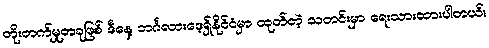
တိုးတက်မှုတခုဖြစ် ဒီနေ့ ဘင်္ဂလားဒေ့ရှ်နိုင်ငံမှာ ထုတ်တဲ့ သတင်းမှာ ရေးသားထားပါတယ်။